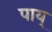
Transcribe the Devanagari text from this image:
पाय्